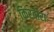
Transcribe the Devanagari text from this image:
किरबीरा